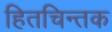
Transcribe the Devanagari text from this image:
हितचिन्तक